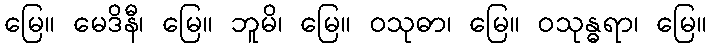
မြေ။ မေဒိနီ၊ မြေ။ ဘူမိ၊ မြေ။ ဝသုဓာ၊ မြေ။ ဝသုန္ဓရာ၊ မြေ။